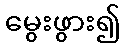
မွေးဖွား၍